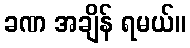
ခဏ အချိန် ရမယ်။